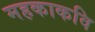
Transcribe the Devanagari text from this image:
महकाकवि